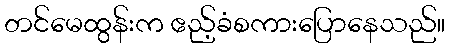
တင်မေထွန်းက ဧည့်ခံစကားပြောနေသည်။